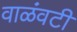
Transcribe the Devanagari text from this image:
वाळंवटी